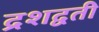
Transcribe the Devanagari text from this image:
द्रशद्वती